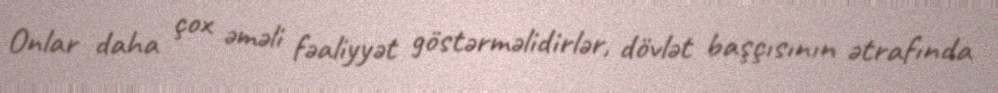
Onlar daha çox əməli fəaliyyət göstərməlidirlər, dövlət başçısının ətrafında